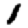
Digit: 1